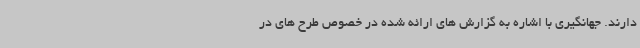
دارند. جهانگیری با اشاره به گزارش های ارائه شده در خصوص طرح های در